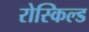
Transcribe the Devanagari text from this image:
रोस्किल्ड